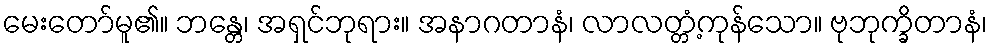
မေးတော်မူ၏။ ဘန္တေ၊ အရှင်ဘုရား။ အနာဂတာနံ၊ လာလတ္တံ့ကုန်သော။ ဗုဘုက္ခိတာနံ၊